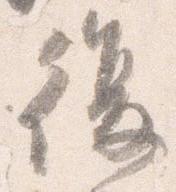
復